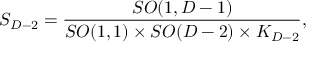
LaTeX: S _ { D - 2 } = { \frac { S O ( 1 , D - 1 ) } { S O ( 1 , 1 ) \times S O ( D - 2 ) \times K _ { D - 2 } } } ,